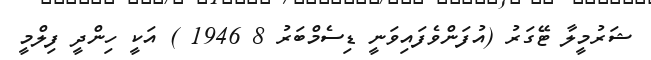
ޝަރުމީލާ ޓޭގަރު (އުފަންވެފައިވަނީ ޑިސެމްބަރު 8 1946 ) އަކީ ހިންދީ ފިލްމީ